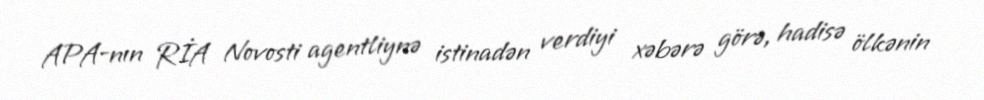
APA-nın RİA Novosti agentliynə istinadən verdiyi xəbərə görə, hadisə ölkənin